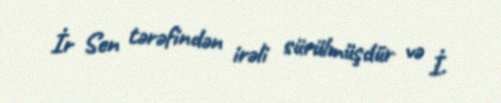
İr Sen tərəfindən irəli sürülmüşdür və İ.